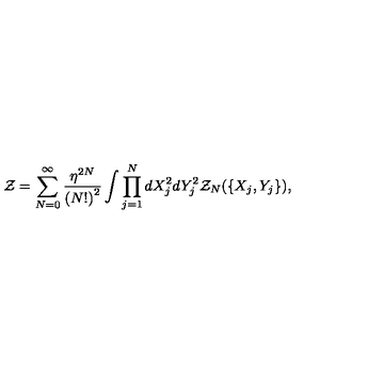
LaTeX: { \cal Z } = \sum _ { N = 0 } ^ { \infty } \frac { { \eta } ^ { 2 N } } { { ( N ! ) } ^ { 2 } } \int \prod _ { j = 1 } ^ { N } d X _ { j } ^ { 2 } d Y _ { j } ^ { 2 } { \cal Z } _ { N } ( \{ X _ { j } , Y _ { j } \} ) ,